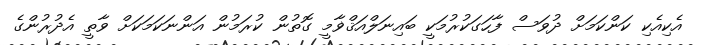
އެކިއެކި ކަންކަމަށް ދުވަސް ފާހަގަކުރުމަކީ ބައިނަލްއަޤްޥާމީ ގޮތުން ކުރަމުން އަންނަކަމަކަށް ވާތީ އެދުރުންގެ